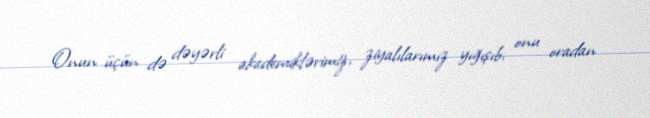
Onun üçün də dəyərli akademiklərimiz, ziyalılarımız yığışıb, onu oradan